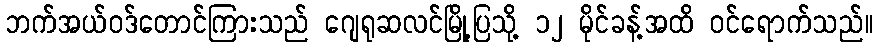
ဘက်အယ်ဝဒ်တောင်ကြားသည် ဂျေရုဆလင်မြို့ပြသို့ ၁၂ မိုင်ခန့်အထိ ဝင်ရောက်သည်။